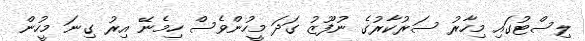
ލިސްޓުގައި މިހާރު ސަރުކާރުގެ ނުފޫޒު ގަދަ މީހުންވެސް ހިމެނޭ އިރު ގިނަ މީހުން